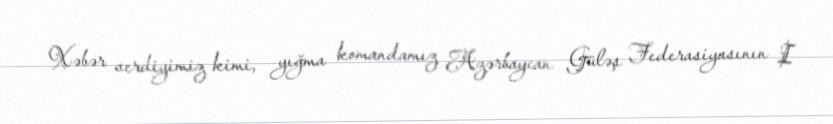
Xəbər verdiyimiz kimi, yığma komandamız Azərbaycan Güləş Federasiyasının I